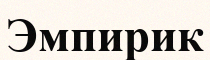
Эмпирик